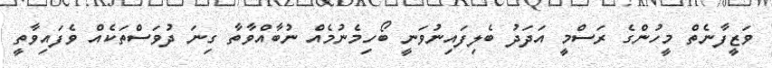
ވަޒީފާނެތް މީހުންގެ ރަސްމީ އަދަދު ބެލިފައިނުވަނީ ބޯހިމެނުމެއް ނުބާއްވާތާ ގިނަ ދުވަސްތަކެއް ވެފައިވާތީ